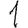
Digit: 1